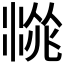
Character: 𱧙